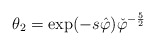
\begin{align*}\theta_{2}=\exp( -s\hat{\varphi}) \check{\varphi}^{-\frac{5}{2}}\end{align*}